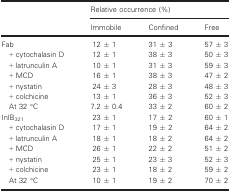
| <ROWSPAN=2>  | <COLSPAN=3> Relative occurrence (%) |
 | Immobile | Confined | Free |
 | --- | --- | --- | --- |
 | Fab | 12 ± 1 | 31 ± 3 | 57 ± 3 |
 | + cytochalasin D | 12 ± 1 | 38 ± 3 | 50 ± 3 |
 | + latrunculin A | 10 ± 1 | 31 ± 3 | 59 ± 3 |
 | + MCD | 16 ± 1 | 38 ± 3 | 47 ± 2 |
 | + nystatin | 24 ± 3 | 28 ± 3 | 48 ± 3 |
 | + colchicine | 13 ± 1 | 36 ± 3 | 52 ± 3 |
 | At 32 °C | 7.2 ± 0.4 | 33 ± 2 | 60 ± 2 |
 | InlB321 | 23 ± 1 | 17 ± 2 | 60 ± 1 |
 | + cytochalasin D | 17 ± 1 | 19 ± 2 | 64 ± 2 |
 | + latrunculin A | 18 ± 1 | 18 ± 2 | 64 ± 2 |
 | + MCD | 26 ± 1 | 22 ± 2 | 51 ± 2 |
 | + nystatin | 25 ± 1 | 23 ± 3 | 52 ± 3 |
 | + colchicine | 23 ± 1 | 18 ± 2 | 59 ± 2 |
 | At 32 °C | 10 ± 1 | 19 ± 2 | 70 ± 2 |